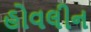
હોવલીન